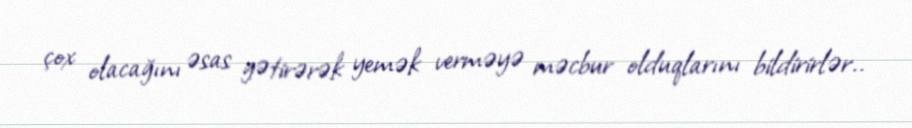
çox olacağını əsas gətirərək yemək verməyə məcbur olduqlarını bildirirlər..